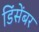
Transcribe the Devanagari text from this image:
डिंसेंबर